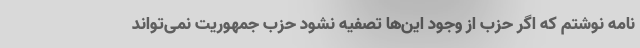
نامه نوشتم که اگر حزب از وجود این‌ها تصفیه نشود حزب جمهوریت نمی‌تواند